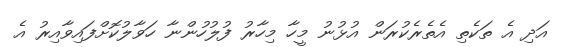
އަދި އެ ތަކެތި އެތެރެކުރަން އުޅުނު މީހާ މިހާރު ފުލުހުންނާ ހަވާލުކޮށްފައިވާއިރު އެ